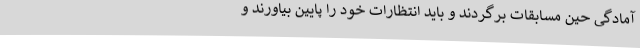
آمادگی حین مسابقات برگردند و باید انتظارات خود را پایین بیاورند و